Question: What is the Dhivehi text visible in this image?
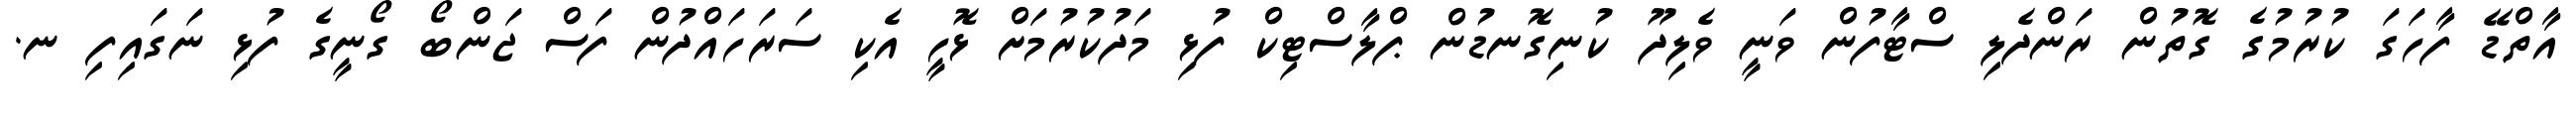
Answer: އާތްޑޭ ފާހަގަ ކުރުމުގެ ގޮތުން ރަންދެލި ސްޓާފުން ވަނީ ވެލިދޫ ކުނިގޮނޑުން ޕްލާސްޓިކް ފުޅި މަދުކުރުމަށް ޅޮހީ އެކި ސަރަހައްދުން ފަސް ޖަންބޯ ގޯނީގެ ފުޅި ނަގައިފި ނ.